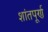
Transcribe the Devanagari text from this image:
शांतपूर्ण